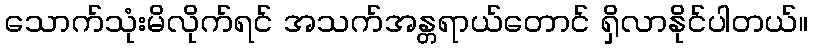
သောက်သုံးမိလိုက်ရင် အသက်အန္တရာယ်တောင် ရှိလာနိုင်ပါတယ်။